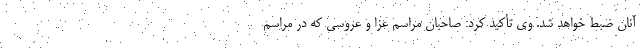
آنان ضبط خواهد شد. وی تأکید کرد: صاحبان مراسم عزا و عروسی که در مراسم